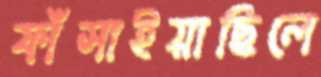
ফাঁসাইয়াছিলে